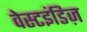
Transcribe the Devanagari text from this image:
वेस्टइंडिज़